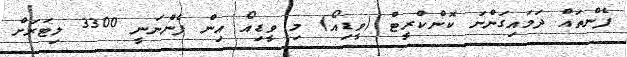
ފެންތައް ދަމައިގަންނަ ކޮންކްރީޓް (ވީޑިއޯ) މި ވީޑިއޯ އިން ފެންނަނީ 3300 ލިޓަރަށް